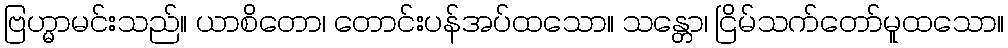
ဗြဟ္မာမင်းသည်။ ယာစိတော၊ တောင်းပန်အပ်ထသော။ သန္တော၊ ငြိမ်သက်တော်မူထသော။